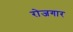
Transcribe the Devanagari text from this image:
राेजगार